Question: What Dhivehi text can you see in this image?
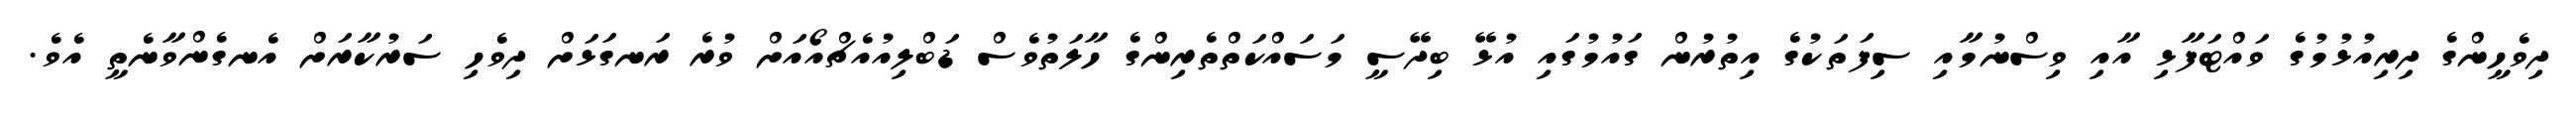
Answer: ދިވެހީންގެ ދިރިއުޅުމުގެ ވައްޓަފާޅި އާއި ވިސްނުމާއި ސިފަތަކުގެ އިތުރުން ގައުމުގައި އުޅޭ ބިދޭސީ މަސައްކަތްތެރިންގެ ހާލަތުވެސް ޑަބްލިއުއެޗްއޯއަށް ވުރެ ރަނގަޅަށް ދިވެހި ސަރުކާރަށް އެނގެންވާނެތީ އެވެ.